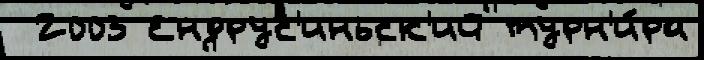
 2003 Ендрус'иньск'ий турн'и́ра